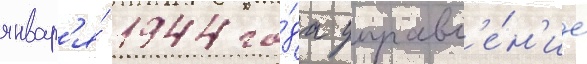
январ'я́ 1944 го́да управл'е́н'ие